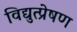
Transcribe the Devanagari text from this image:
विद्युत्प्रेषण